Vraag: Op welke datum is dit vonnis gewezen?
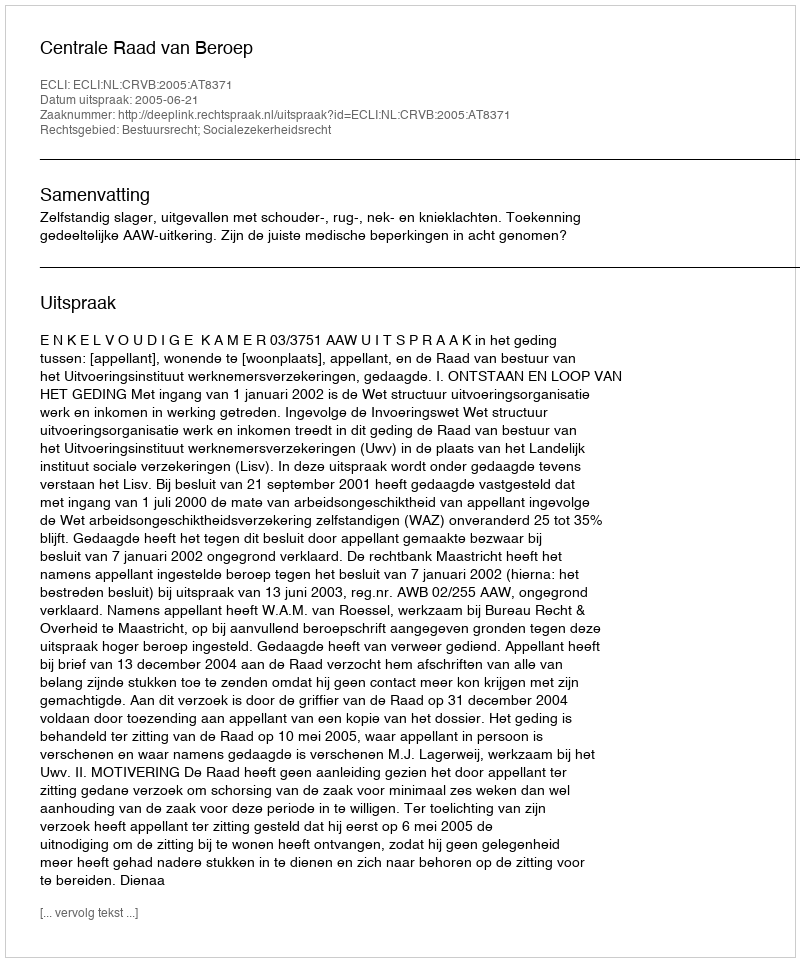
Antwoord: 2005-06-21